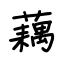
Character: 藕